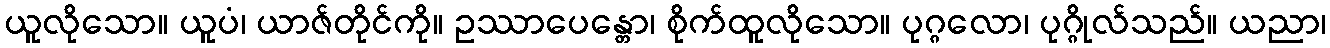
ယူလိုသော။ ယူပံ၊ ယာဇ်တိုင်ကို။ ဥဿာပေန္တော၊ စိုက်ထူလိုသော။ ပုဂ္ဂလော၊ ပုဂ္ဂိုလ်သည်။ ယညာ၊